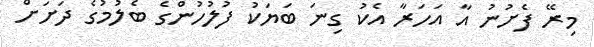
މިރޭ ފެށުނު އާ އަހަރާ އެކު ގިނަ ބަޔަކު ފުލުހުންގެ ބެލުމުގެ ދަށަށް